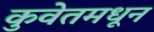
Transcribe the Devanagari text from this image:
कुवेतमधून